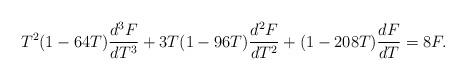
LaTeX: \begin{align*}T^{2}(1-64T)\frac{d^{3}F}{dT^{3}}+3T(1-96T)\frac{d^{2}F}{dT^{2}}+(1-208T)\frac{dF}{dT}=8F.\end{align*}